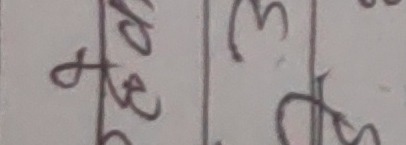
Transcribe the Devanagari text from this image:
३५